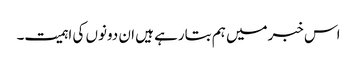
اس خبرمیں ہم بتارہے ہیں ان دونوں کی اہمیت۔